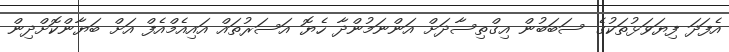
އެފަދަ ފިޔަވަޅުތަކުގެ ސަބަބުން އިގްތިސާދަށް އަންނަމުންދާ ހެޔޮ އަސަރުތައް އައިއެމްއެފް އަށް ބަޔާންކޮށްދިން